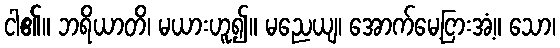
ငါ၏။ ဘရိယာတိ၊ မယားဟူ၍။ မညေယျ၊ အောက်မေ့ငြားအံ့။ သော၊